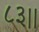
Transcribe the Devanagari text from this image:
८३।।